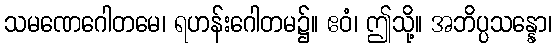
သမဏေဂေါတမေ၊ ရဟန်းဂေါတမ၌။ ဧဝံ၊ ဤသို့။ အဘိပ္ပသန္နော၊